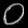
Digit: ၀